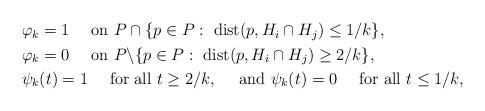
LaTeX: \begin{align*}\begin{aligned}&\varphi_k = 1\quad\hbox{ on }P\cap\{p\in P: \hbox{ dist}(p, H_i\cap H_j) \leq 1/k\},\\&\varphi_k = 0\quad\hbox{ on }P \backslash \{p\in P: \hbox{ dist}(p, H_i\cap H_j) \geq 2/k\},\\&\psi_k(t) = 1\quad\hbox{ for all } t\geq 2/k,\quad\hbox{ and }\psi_k(t) = 0\quad\hbox{ for all } t\leq 1/k,\end{aligned}\end{align*}